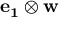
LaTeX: \mathbf { e _ { 1 } } \otimes \mathbf { w }